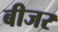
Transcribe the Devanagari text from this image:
बीजर